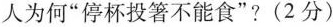
人为何”停杯投箸不能食”?(2分)